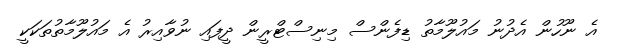
އެ ނޫހުން އެދުނު މައުލޫމާތު ޑިފެންސް މިނިސްޓްރީން ދީފައި ނުވާއިރު އެ މައުލޫމާތުތަކަކީ